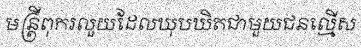
មន្ត្រីពុករលួយដែលឃុបឃិតជាមួយជនល្មើស